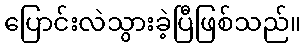
ပြောင်းလဲသွားခဲ့ပြီဖြစ်သည်။